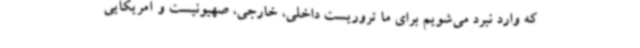
که وارد نبرد می‌شویم برای ما تروریست داخلی، خارجی، صهیونیست و آمریکایی